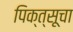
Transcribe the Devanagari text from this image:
पिक्त्सूचा